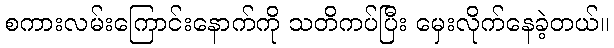
စကားလမ်းကြောင်းနောက်ကို သတိကပ်ပြီး မှေးလိုက်နေခဲ့တယ်။